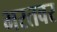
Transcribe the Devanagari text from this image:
भरतवर